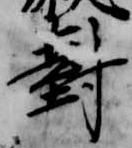
対